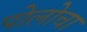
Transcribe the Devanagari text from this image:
पोलोचा